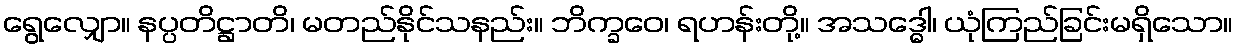
ရွေလျှော။ နပ္ပတိဋ္ဌာတိ၊ မတည်နိုင်သနည်း။ ဘိက္ခဝေ၊ ရဟန်းတို့။ အသဒ္ဓေါ၊ ယုံကြည်ခြင်းမရှိသော။